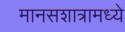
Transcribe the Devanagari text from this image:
मानसशात्रामध्ये